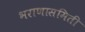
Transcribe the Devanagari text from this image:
भराणासमिती